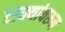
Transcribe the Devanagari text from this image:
टाक्यांवरून